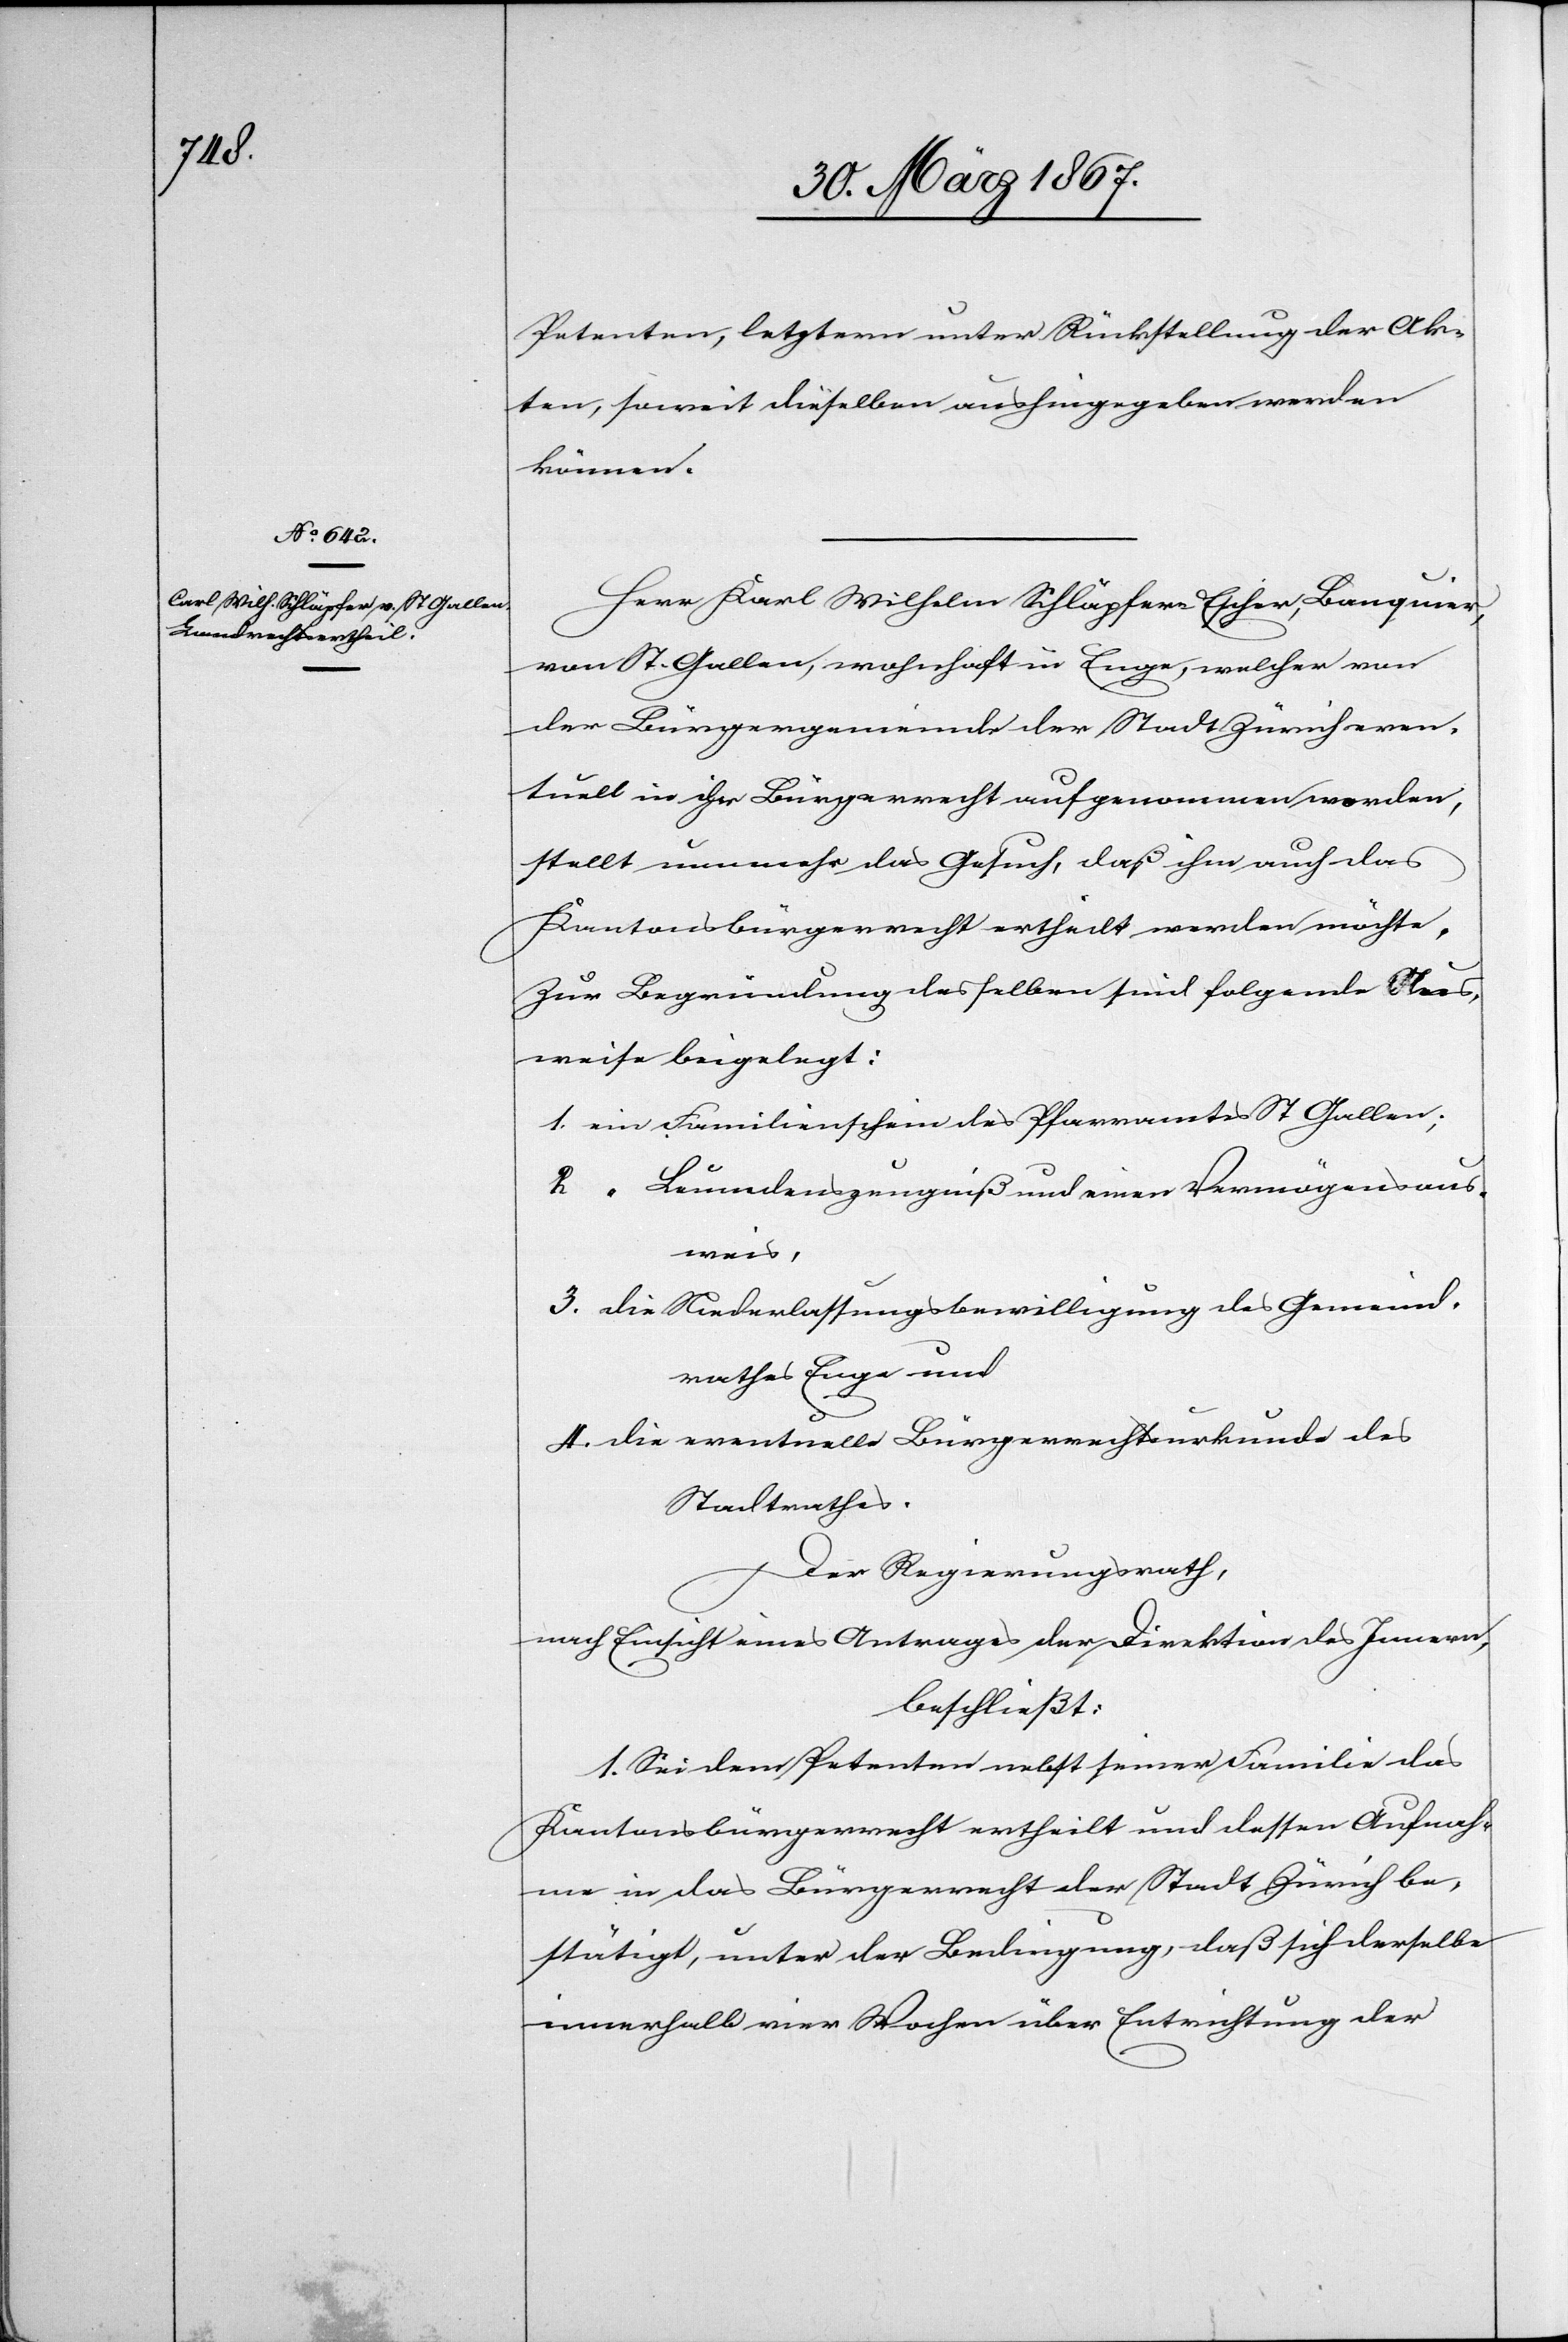
Petenten, letztern unter Rückstellung der Ak¬
ten, soweit dieselben aushingegeben werden
können.
Herr Karl Wilhelm Schläpfer Escher, Banquier,
von St. Gallen, wohnhaft in Enge, welcher von
der Bürgergemeinde der Stadt Zürich even¬
tuell in ihr Bürgerrecht aufgenommen worden,
stellt nunmehr das Gesuch, daß ihm auch das
Kantonsbürgerrecht ertheilt werden möchte.
Zur Begründung desselben sind folgende Aus¬
weise beigelegt:
1.	ein Familienschein des Pfarramtes St Gallen;
2.	 “ Leumdenszeugniß und einen Vermögensaus¬
weis,
3.	die Niederlassungsbewilligung des Gemeind¬
rathes Enge und
4.	die eventuelle Bürgerrechtsurkunde des
Stadtrathes.
Der Regierungsrath,
nach Einsicht eines Antrages der Direktion des Innern,
beschließt:
1. Sei dem Petenten nebst seiner Familie das
Kantonsbürgerrecht ertheilt und dessen Aufnah¬
me in das Bürgerrecht der Stadt Zürich be¬
stätigt, unter der Bedingung, daß sich derselbe
innerhalb vier Wochen über Entrichtung der